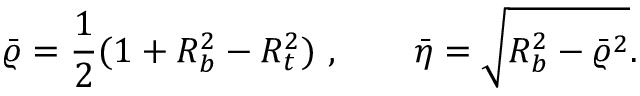
\bar { \varrho } = { \frac { 1 } { 2 } } ( 1 + R _ { b } ^ { 2 } - R _ { t } ^ { 2 } ) ~ , \quad \quad \bar { \eta } = \sqrt { R _ { b } ^ { 2 } - \bar { \varrho } ^ { 2 } } .